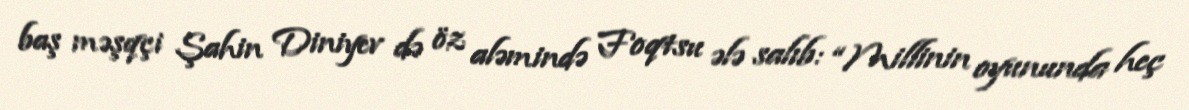
baş məşqçi Şahin Diniyev də öz aləmində Foqtsu ələ salıb: “Millinin oyununda heç